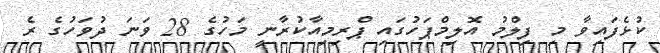
ކުޅެފައިވާ މި ފިލްމު އޮލިމްޕަހުގައި ޕްރިމިއާކުރާނީ މަހުގެ 28 ވަނަ ދުވަހުގެ ރެ